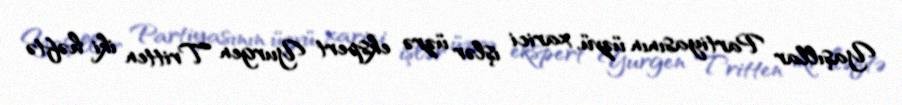
Yaşıllar Partiyasının üzvü, xarici işlər üzrə ekspert Yurgen Tritten iki həftə